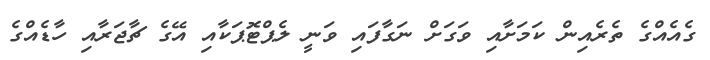
ގެއެއްގެ ތެރެއިން ކަމަށާއި ވަގަށް ނަގާފައި ވަނީ ލެޕްޓޮޕަކާއި އޭގެ ޗާޖަރާއި ހާޑެއްގެ